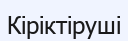
Кіріктіруші